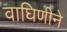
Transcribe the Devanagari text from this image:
वाघिणीने